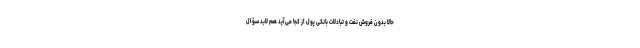
حالا بدون فروش نفت و تبادلات بانکی پول از کجا می‌آید هم لابد سؤال